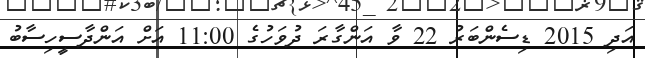
އަދި 2015 ޑިސެންބަރު 22 ވާ އަންގާރަ ދުވަހުގެ 11:00 އަށް އަންދާސީހިސާބު